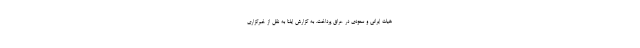
هیات ایرانی و سعودی در عراق پرداخت. به گزارش ایلنا به نقل از خبرگزاری